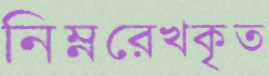
নিম্নরেখকৃত